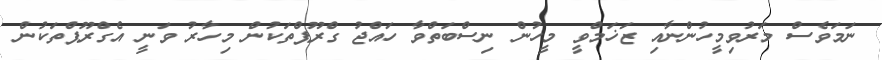
ނަމަވެސް މަރުވިމީހުންނާއި ޒަޚަމްވީ މީހުން ނިސްބަތްވާ ހައްޖު ގްރޫޕްތަކުން މިހާރު ވަނީ އެގްރޫޕްތަކުން